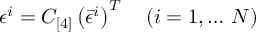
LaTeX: \epsilon ^ { i } = C _ { [ 4 ] } \left( { \bar { \epsilon } } ^ { i } \right) ^ { T } \quad ( i = 1 , \dots \, { \cal N } )